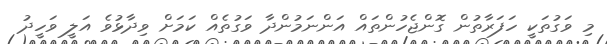
މި ވަގުތަކީ ހަފަރާތުން ގޮންޖެހުންތައް އަންނަމުންދާ ވަގުތެއް ކަމަށް ވިދާޅުވެ އަލީ ވަހީދު